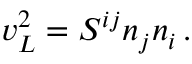
v _ { L } ^ { 2 } = { { \cal S } ^ { i j } n _ { j } n _ { i } } \, .